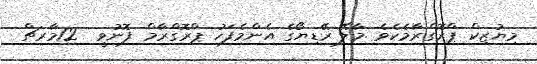
މިޔުޒިކް ޕްރޮގްރާމެކެވެ .މާލޭ ރޭޑިޔޯގެ އެންމެފަހު ޕްރޮގްރާމް ފޮނުވީ  12މާރޗް